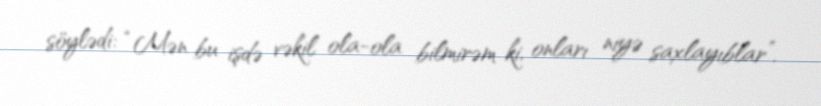
söylədi: “Mən bu işdə vəkil ola-ola bilmirəm ki, onları niyə saxlayıblar”.